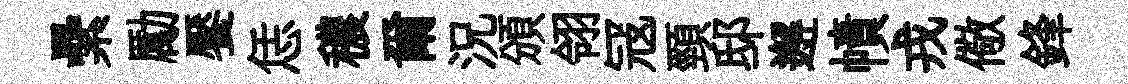
纍勵饜恁穠爾況頒翎冦頸邸邂幘戎儆鋒